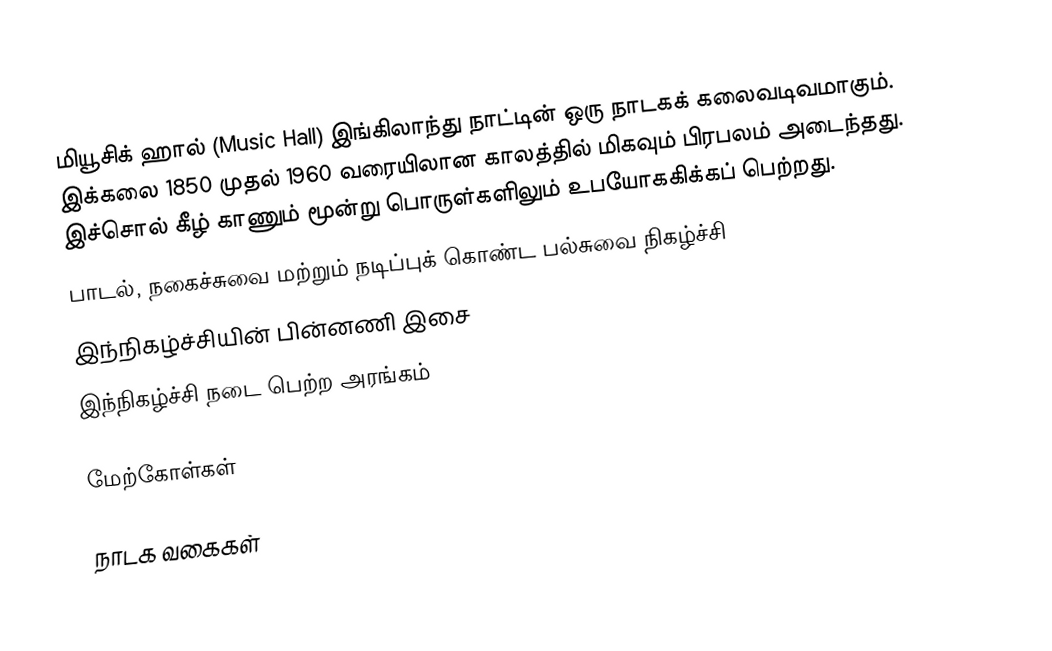
மியூசிக் ஹால் (Music Hall) இங்கிலாந்து நாட்டின் ஒரு நாடகக் கலைவடிவமாகும். இக்கலை 1850 முதல் 1960 வரையிலான காலத்தில் மிகவும் பிரபலம் அடைந்தது. இச்சொல் கீழ் காணும் மூன்று பொருள்களிலும் உபயோககிக்கப் பெற்றது.
பாடல், நகைச்சுவை மற்றும் நடிப்புக் கொண்ட பல்சுவை நிகழ்ச்சி
இந்நிகழ்ச்சியின் பின்னணி இசை
இந்நிகழ்ச்சி நடை பெற்ற அரங்கம்

மேற்கோள்கள்

நாடக வகைகள்